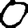
Digit: 0